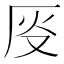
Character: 𫨈